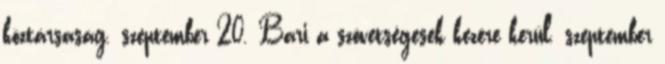
köztársaság. szeptember 20. Bari a szövetségesek kezére kerül. szeptember